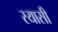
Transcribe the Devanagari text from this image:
रयासी